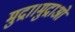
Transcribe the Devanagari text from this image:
मुद्रा।मुद्राओं